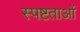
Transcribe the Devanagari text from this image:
स्पष्टताओं